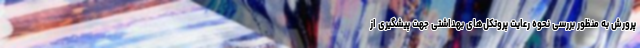
پرورش به منظور بررسی نحوه رعایت پروتکل‌های بهداشتی جهت پیشگیری از